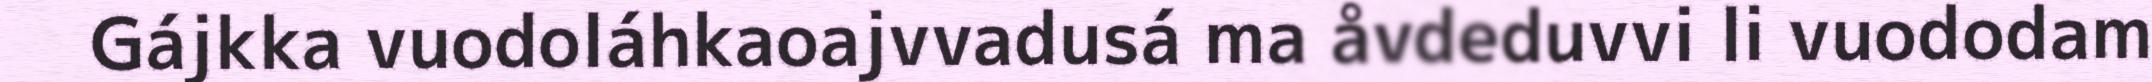
Gájkka vuodoláhkaoajvvadusá ma åvdeduvvi li vuododam